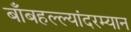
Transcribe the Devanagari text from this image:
बाँबहल्ल्यांदरम्यान